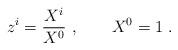
LaTeX: \begin{align*}z^i={X^i \over X^0} \ , \qquad X^0=1 \ .\end{align*}